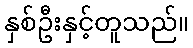
နှစ်ဦးနှင့်တူသည်။